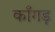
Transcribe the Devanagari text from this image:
काँगड़